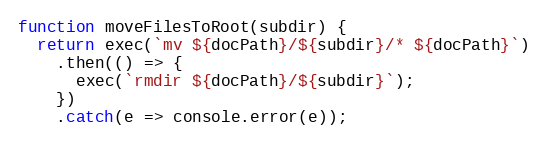
Language: JavaScript
function moveFilesToRoot(subdir) {
  return exec(`mv ${docPath}/${subdir}/* ${docPath}`)
    .then(() => {
      exec(`rmdir ${docPath}/${subdir}`);
    })
    .catch(e => console.error(e));